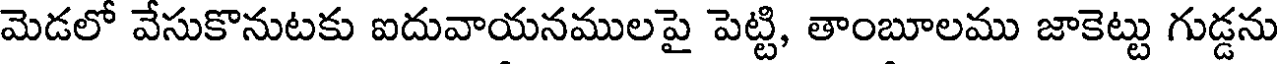
మెడలో వేసుకొనుటకు ఐదువాయనములపై పెట్టి, తాంబూలము జాకెట్టు గుడ్డను